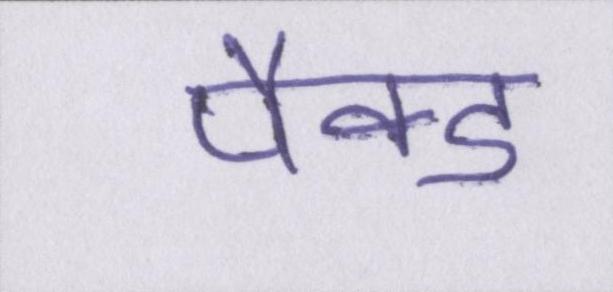
पैक्ड